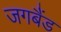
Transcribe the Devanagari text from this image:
जगबैंड